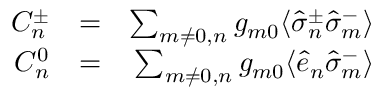
\begin{array} { r l r } { { \cal C } _ { n } ^ { \pm } } & { = } & { \sum _ { m \neq 0 , n } g _ { m 0 } \langle \hat { \sigma } _ { n } ^ { \pm } \hat { \sigma } _ { m } ^ { - } \rangle } \\ { { \cal C } _ { n } ^ { 0 } } & { = } & { \sum _ { m \neq 0 , n } g _ { m 0 } \langle \hat { e } _ { n } \hat { \sigma } _ { m } ^ { - } \rangle } \end{array}